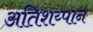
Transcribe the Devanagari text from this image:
अतिशय्पान